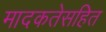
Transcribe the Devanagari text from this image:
मादकतेसहित